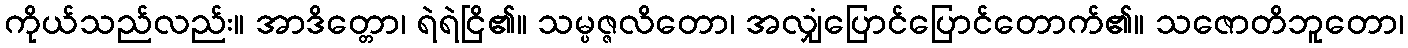
ကိုယ်သည်လည်း။ အာဒိတ္တော၊ ရဲရဲငြိ၏။ သမ္ပဇ္ဇလိတော၊ အလျှံပြောင်ပြောင်တောက်၏။ သဇောတိဘူတော၊